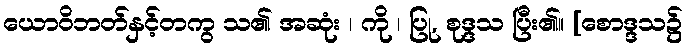
ယောဝိဘတ်နှင့်တကွ သ၏ အဆုံး ၊ ကို ၊ ပြု, စုဒ္ဒသ ပြီး၏။ [စောဒ္ဒသ၌